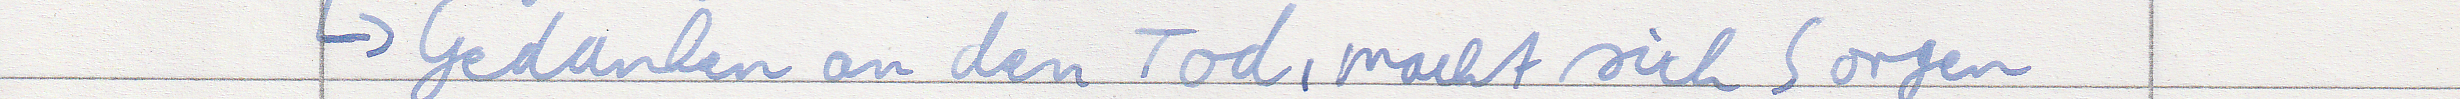
-> Gedanken an den Tod, macht sich Sorgen